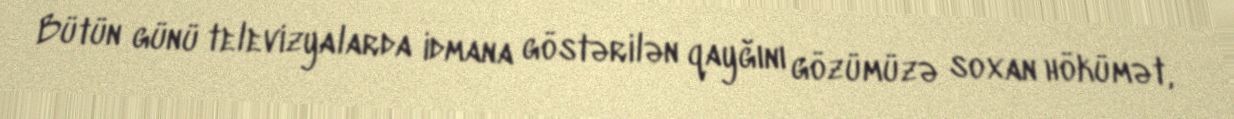
Bütün günü televizyalarda idmana göstərilən qayğını gözümüzə soxan hökümət,